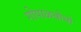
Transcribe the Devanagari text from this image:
गोपाळबोधो